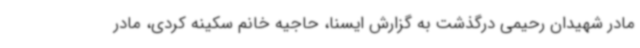
مادر شهیدان رحیمی درگذشت به گزارش ایسنا،‌ حاجیه خانم سکینه کردی، مادر